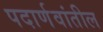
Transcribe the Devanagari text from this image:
पदार्णवांतील